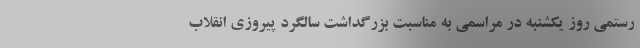
رستمی روز یکشنبه در مراسمی به مناسبت بزرگداشت سالگرد پیروزی انقلاب